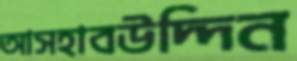
আসহাবউদ্দিন